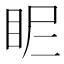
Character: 𥄿